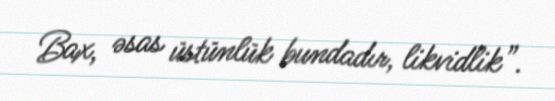
Bax, əsas üstünlük bundadır, likvidlik”.